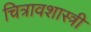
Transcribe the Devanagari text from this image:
चित्रावशास्त्री